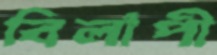
বিলাপী